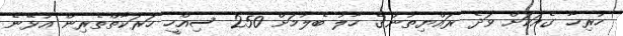
ހުރިހާ ގެއަކަށް ވަދެ ރައްޔިތުންގެ ހާލު ބެލުމަށް 250 ސިއްހީ ހަރަކާތްތެރިން އުޅޭނެ